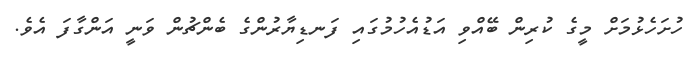
ހުށަހެޅުމަށް މީގެ ކުރިން ބޭއްވި އަޑުއެހުމުގައި ފަނޑިޔާރުންގެ ބެންޗުން ވަނީ އަންގާފަ އެވެ.